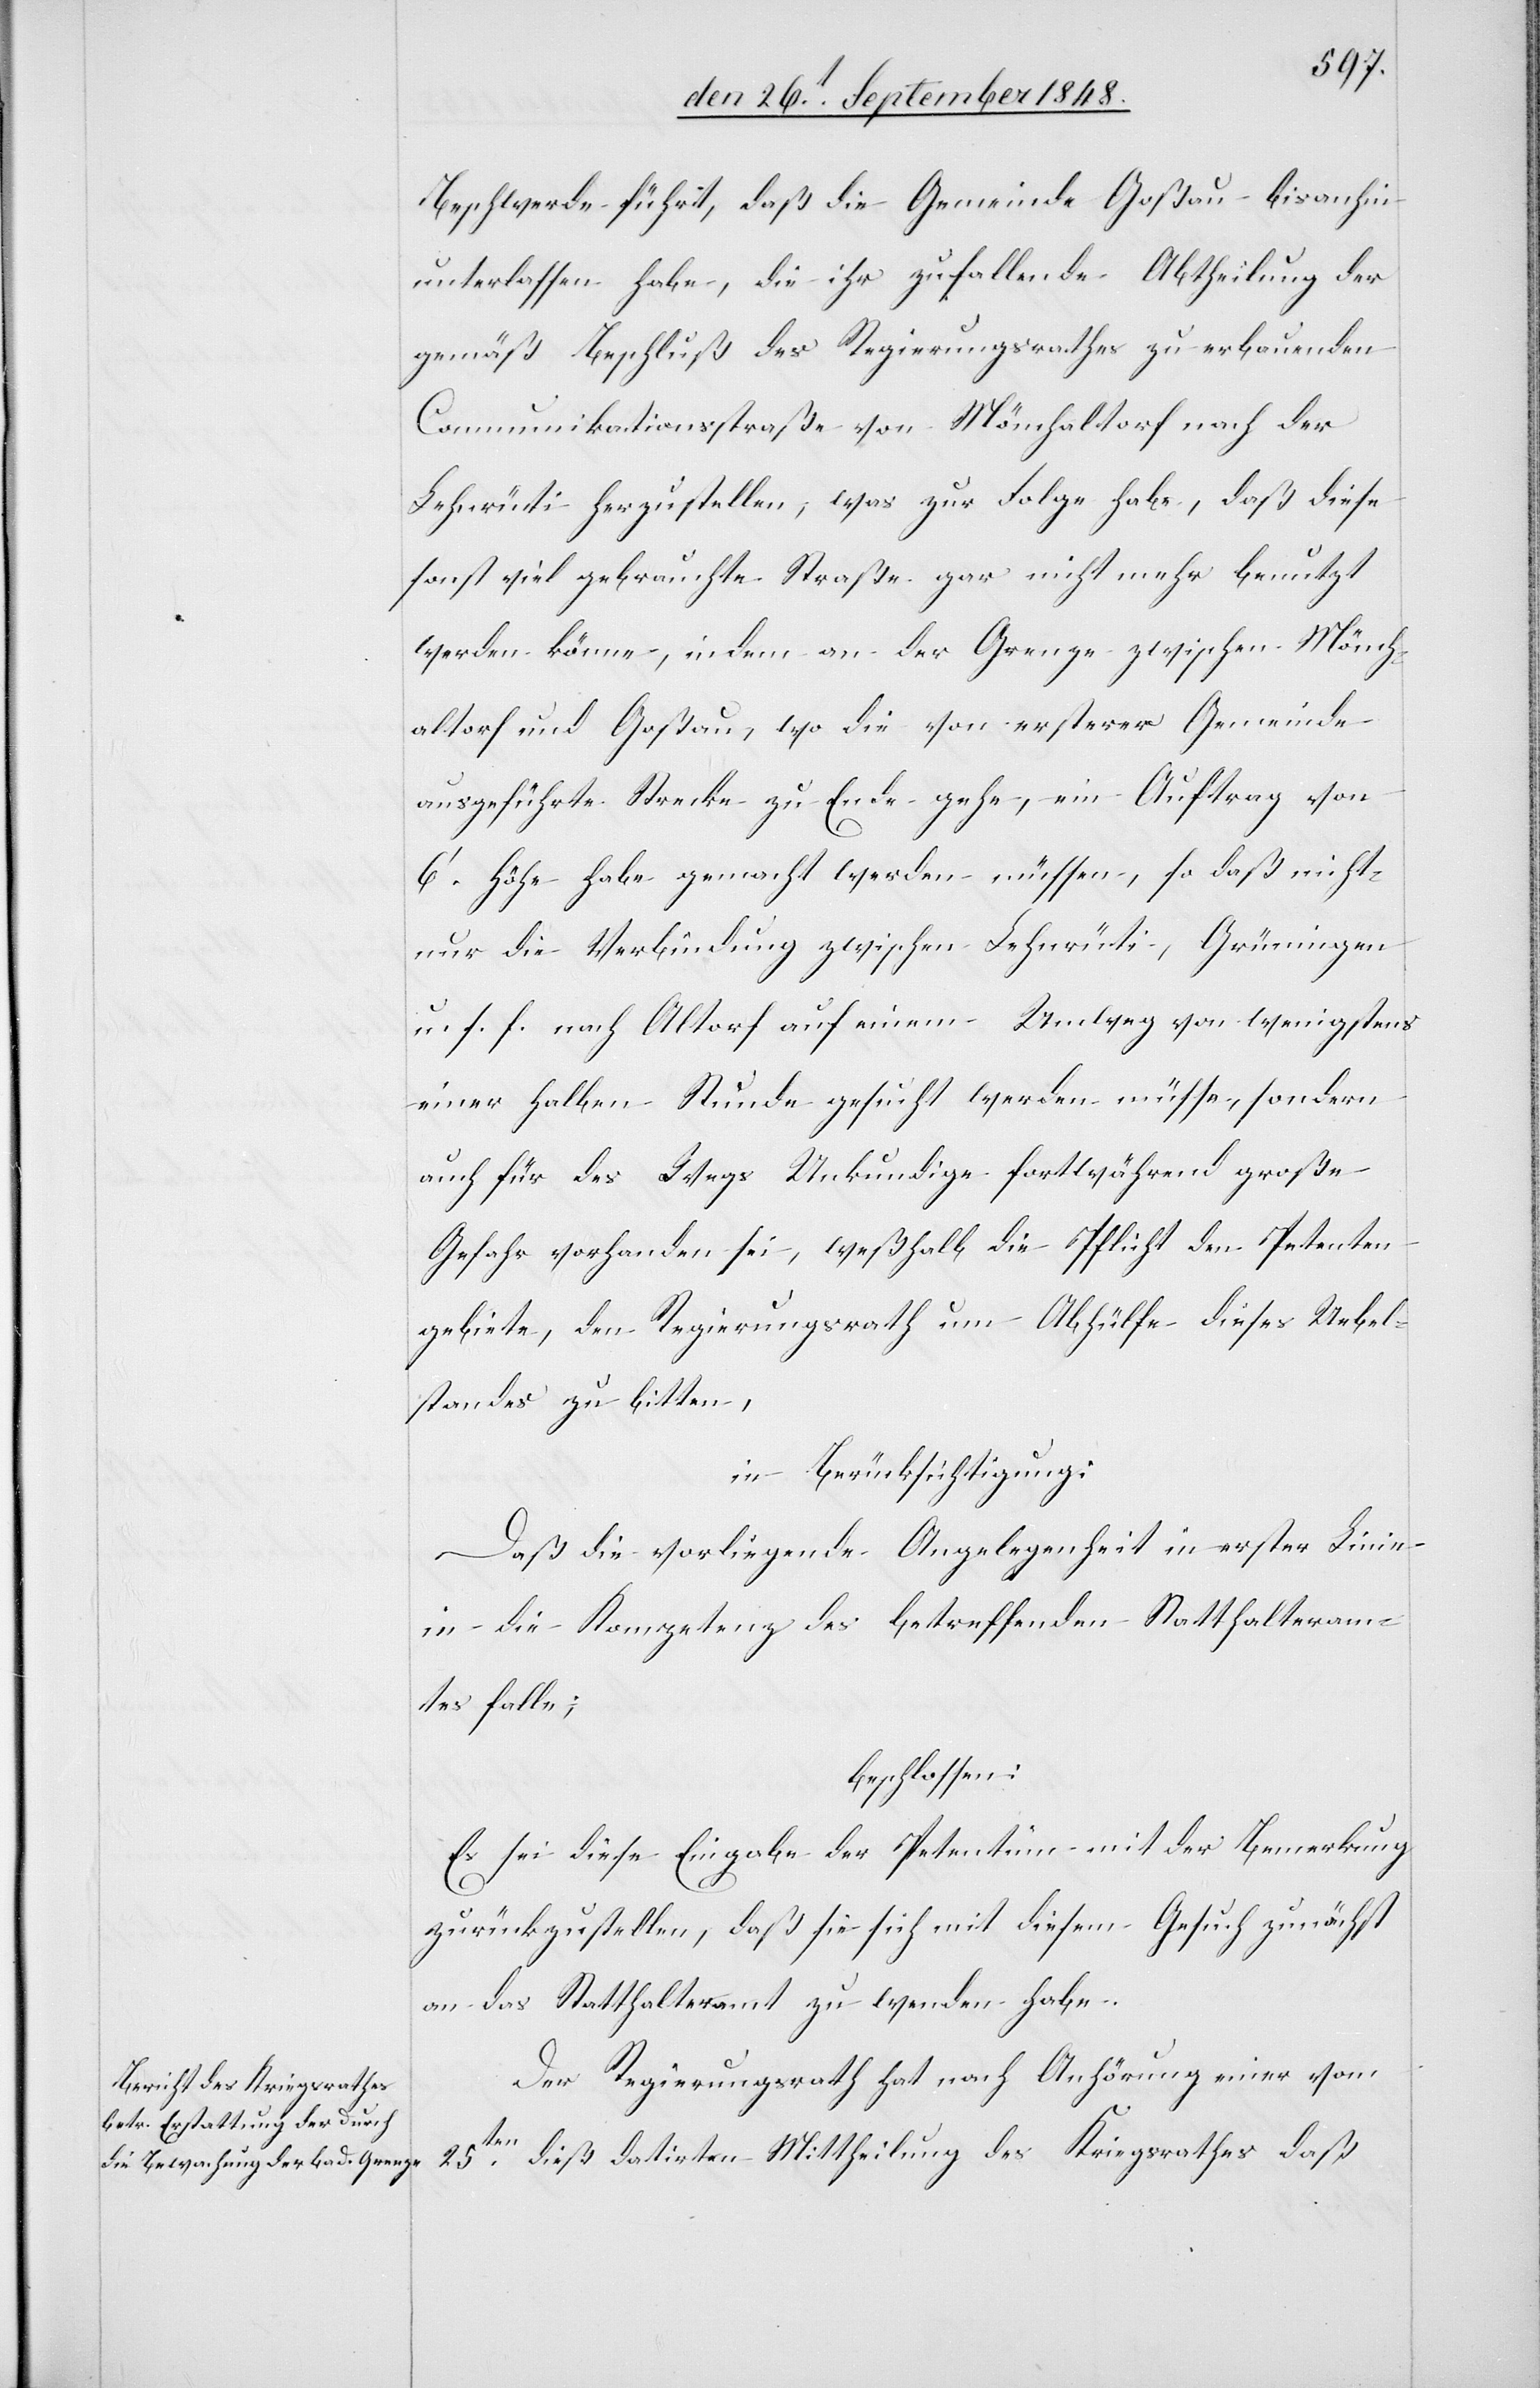
Beschwerde führt, daß die Gemeinde Goßau bis anhin
unterlassen habe, die ihr zufallende Abtheilung der
gemäß Beschluß des Regierungsrathes zu erbauenden
Communikationsstraße von Mönchaltorf nach der
Lehnrüti herzustellen, was zur Folge habe, daß diese
fast viel gebrauchte Straße gar nicht mehr benutzt
werden könne, indem an der Grenze zwischen Mönch¬
altorf und Goßau, wo die von ersterer Gemeinde
ausgeführte Strecke zu Ende gehe, ein Auftrag von
6’ Höhe habe gemacht werden müssen, so daß nicht
nur die Verbindung zwischen Lehnrüti, Grüningen
u. s. f. nach Altorf auf einem Umweg von wenigstens
einer halben Stunde gesucht werden müsse, sondern
auch für des Wegs Unkundige fortwährend große
Gefahr vorhanden sei, weßhalb die Pflicht den Petenten
gebiete, den Regierungsrath um Abhülfe dieses Uebel¬
standes zu bitten,
in Berücksichtigung:
Daß die vorliegende Angelegenheit in erster Linie
in die Kompetenz des betreffenden Statthalteram¬
tes falle;
beschlossen:
Es sei diese Eingabe der Petentinn mit der Bemerkung
zurückzustellen, daß sie sich mit diesem Gesuch zunächst
an das Statthalteramt zu wenden habe.
Der Regierungsrath hat nach Anhörung einer vom
25ten. dieß datirten Mittheilung des Kriegsrathes daß